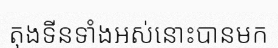
តុងទីនទាំងអស់នោះបានមក